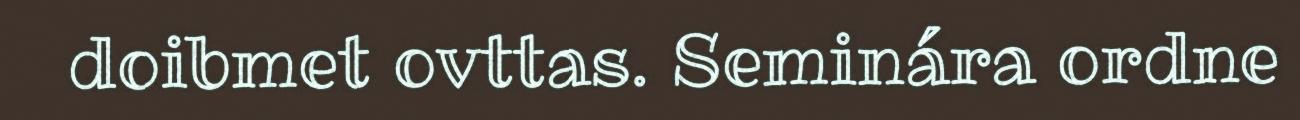
doibmet ovttas. Seminára ordne